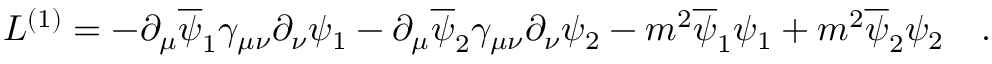
{ \cal L } ^ { ( 1 ) } = - \partial _ { \mu } \overline { { \psi } } _ { 1 } \gamma _ { \mu \nu } \partial _ { \nu } \psi _ { 1 } - \partial _ { \mu } \overline { { \psi } } _ { 2 } \gamma _ { \mu \nu } \partial _ { \nu } \psi _ { 2 } - m ^ { 2 } \overline { { \psi } } _ { 1 } \psi _ { 1 } + m ^ { 2 } \overline { { \psi } } _ { 2 } \psi _ { 2 } \quad .